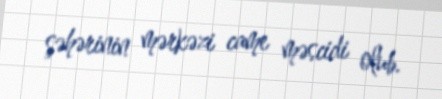
şəhərinin mərkəzi came məscidi olub.